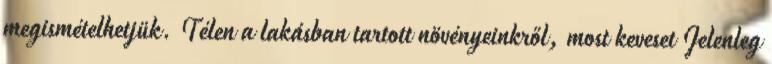
megismételhetjük. Télen a lakásban tartott növényeinkről, most keveset Jelenleg